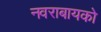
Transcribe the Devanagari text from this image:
नवराबायको